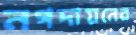
নগদায়নের